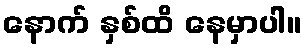
နောက် နှစ်ထိ နေမှာပါ။